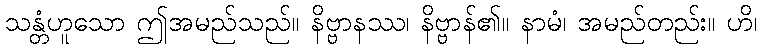
သန္တံဟူသော ဤအမည်သည်။ နိဗ္ဗာနဿ၊ နိဗ္ဗာန်၏။ နာမံ၊ အမည်တည်း။ ဟိ၊